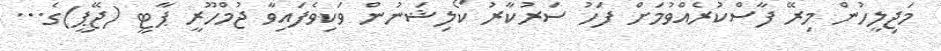
މަޖިލީހުން މިރޭ ފާސްކުރެއްވުމަށް ފަހު ސަރުކާރު ކޯލިޝަނުން ވަކިވެފައިވާ ޖުމްހޫރީ ޕާޓީ (ޖޭޕީ)ގެ...